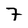
Character: 7